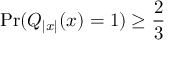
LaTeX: \mathrm { P r } ( Q _ { | x | } ( x ) = 1 ) \geq { \frac { 2 } { 3 } }